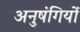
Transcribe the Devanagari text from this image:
अनुषंगियों